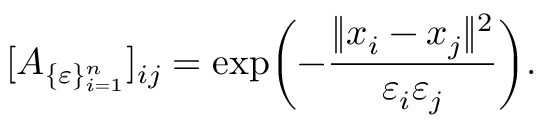
[ A _ { \{ \varepsilon \} _ { i = 1 } ^ { n } } ] _ { i j } = \exp \biggl ( - \frac { \| x _ { i } - x _ { j } \| ^ { 2 } } { \varepsilon _ { i } \varepsilon _ { j } } \biggr ) .